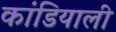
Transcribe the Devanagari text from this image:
कांडियाली